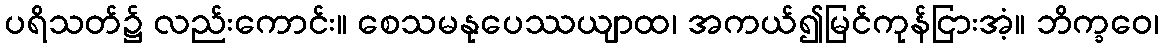
ပရိသတ်၌ လည်းကောင်း။ စေသမနုပေဿယျာထ၊ အကယ်၍မြင်ကုန်ငြားအံ့။ ဘိက္ခဝေ၊